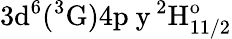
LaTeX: \mathrm{3d^{6}(^{3}G)4p\ y\, ^{2}H_{11/2}^{o}}